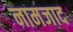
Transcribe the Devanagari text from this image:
नामजाद